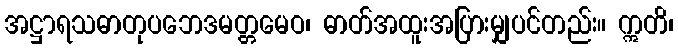
အဋ္ဌာရသဓာတုပဘေဒမတ္တမေဝ၊ ဓာတ်အထူးအပြားမျှပင်တည်း။ ဣတိ၊